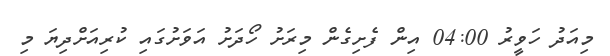
މިއަދު ހަވީރު 04:00 އިން ފެށިގެން މިރަށު ހޯދަށު އަވަށުގައި ކުރިއަށްދިޔަ މި